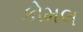
કોમલ